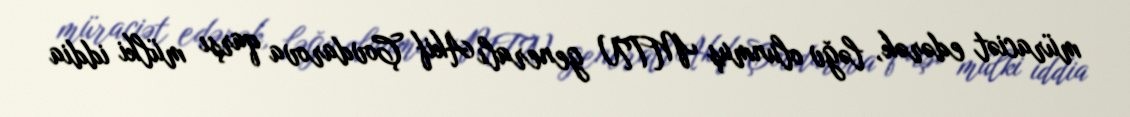
müraciət edərək, ləğv olunmuş MTN generalı Akif Çovdarova qarşı mülki iddia